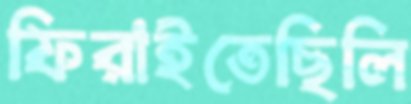
ফিরাইতেছিলি